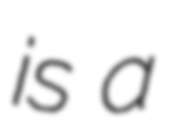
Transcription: is a